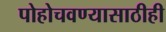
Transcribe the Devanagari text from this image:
पोहोचवण्यासाठीही